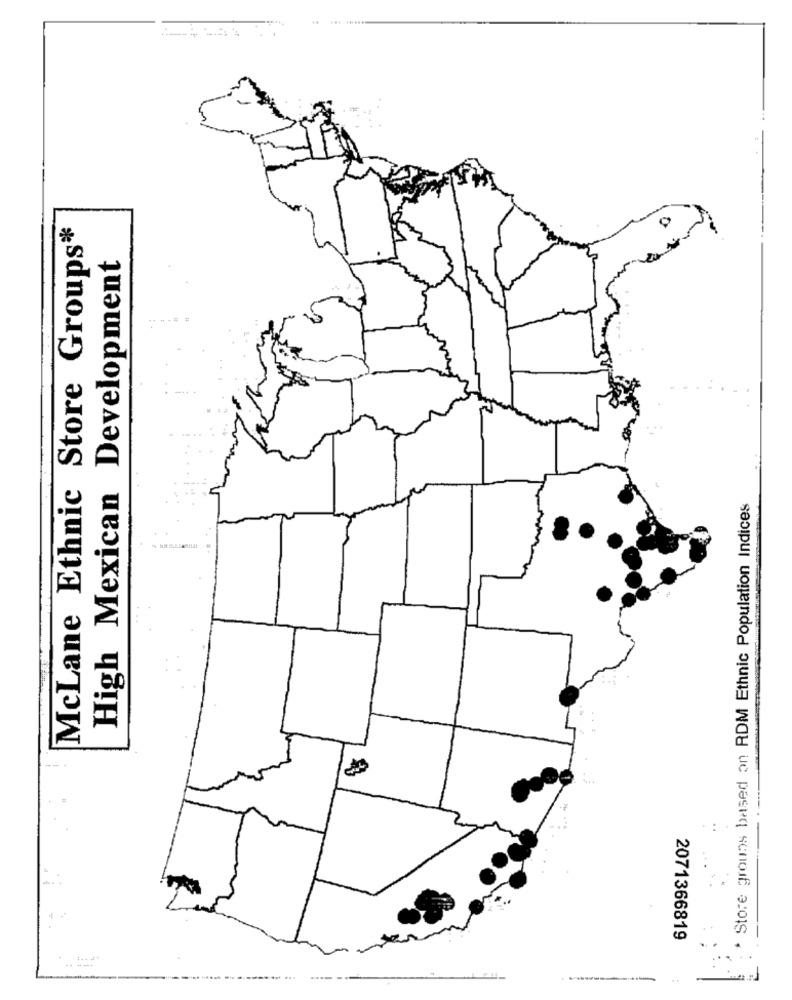
...........
McLane Ethnic Store Groups*
High Mexican Development
Store groups based on RDM Ethnic Population Indices
2071366819